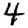
Digit: 4